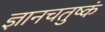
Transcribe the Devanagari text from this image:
ज्ञानचतुष्कं